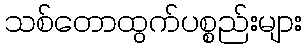
သစ်တောထွက်ပစ္စည်းများ